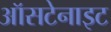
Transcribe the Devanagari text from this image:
ऑसटेनाइट